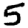
Digit: 5